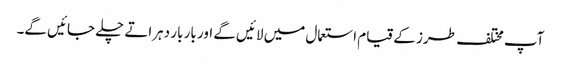
آپ مختلف طرز کے قیام استعمال میں لائیں گے اور بار بار دہراتے چلے جائیں گے۔